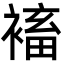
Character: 䙒